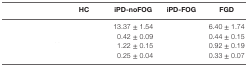
<table><thead><tr><td>[EMPTY_CELL]</td><td><b>HC</b></td><td><b>iPD-noFOG</b></td><td><b>iPD-FOG</b></td><td><b>FGD</b></td></tr></thead><tbody><tr><td>[EMPTY_CELL]</td><td>[EMPTY_CELL]</td><td>13.37 ± 1.54</td><td>[EMPTY_CELL]</td><td>6.40 ± 1.74</td></tr><tr><td>[EMPTY_CELL]</td><td>[EMPTY_CELL]</td><td>0.42 ± 0.09</td><td>[EMPTY_CELL]</td><td>0.44 ± 0.15</td></tr><tr><td>[EMPTY_CELL]</td><td>[EMPTY_CELL]</td><td>1.22 ± 0.15</td><td>[EMPTY_CELL]</td><td>0.92 ± 0.19</td></tr><tr><td>[EMPTY_CELL]</td><td>[EMPTY_CELL]</td><td>0.25 ± 0.04</td><td>[EMPTY_CELL]</td><td>0.33 ± 0.07</td></tr></tbody></table>